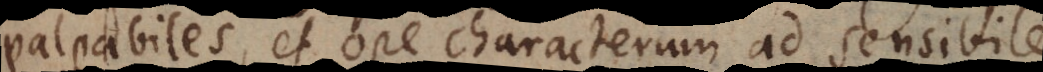
palpabiles, et ope characterum ad sensibile